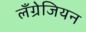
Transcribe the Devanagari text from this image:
लँग्रेजियन